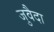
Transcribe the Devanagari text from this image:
जुवैदा